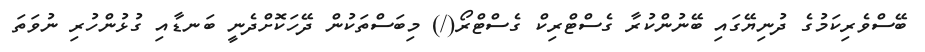
ބޭސްވެރިކަމުގެ ދުނިޔޭގައި ބޭނުންކުރާ ގެސްޓްރިކް ގެސްްޓްރޯ(/) މިބަސްތަކުން ދޭހަކޮށްދެނީ ބަނޑާއި ގުޅުންހުރި ނުވަތަ